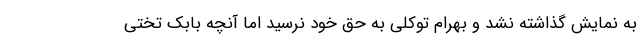
به نمایش گذاشته نشد و بهرام توکلی به حق خود نرسید اما آنچه بابک تختی